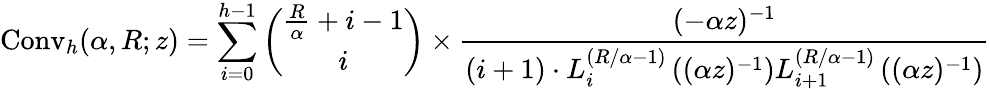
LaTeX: \operatorname{Conv}_{h}(\alpha,R;z)=\sum_{i=0}^{h-1}{\binom{{\frac{R}{\alpha}}+i-1}{i}}\times{\frac{(-\alpha z)^{-1}}{(i+1)\cdot L_{i}^{\left(R/\alpha-1\right)}\left((\alpha z)^{-1}\right)L_{i+1}^{\left(R/\alpha-1\right)}\left((\alpha z)^{-1}\right)}}